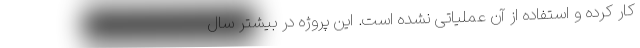
کار کرده و استفاده از آن عملیاتی نشده است. این پروژه در بیشتر سال